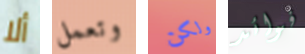
ألا وتعمل ولكن فوائد